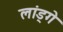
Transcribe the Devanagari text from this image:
लांड्गे